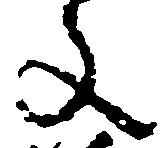
文